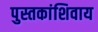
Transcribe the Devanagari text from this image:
पुस्तकांशिवाय